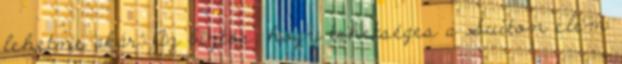
lehetne akár. Az biztos, hogy tehetséges a Suiton elem